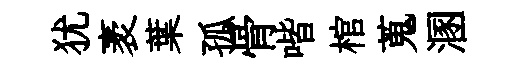
犹袤葉孤骨喈棺蒐溷